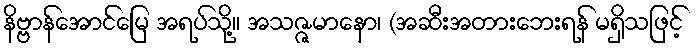
နိဗ္ဗာန်အောင်မြေ အရပ်သို့။ အသဇ္ဇမာနော၊ (အဆီးအတားဘေးရန် မရှိသဖြင့်